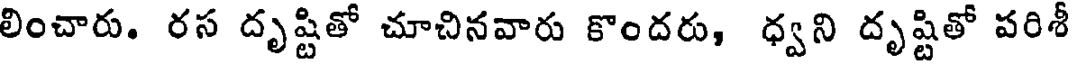
లించారు. రస దృష్టితో చూచినవారు కొందరు, ధ్వని దృష్టితో పరిశీ